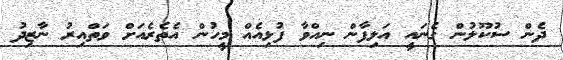
ދެން ސުކޫލުން ގެނައީ އަލިފާން ނިއްވާ ފުޅިއެއް މީހުން އެތެރެއަށް ވަތްއިރު ނާޒިދު